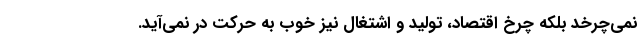
نمی‌چرخد بلکه چرخ اقتصاد، تولید و اشتغال نیز خوب به حرکت در نمی‌آید.